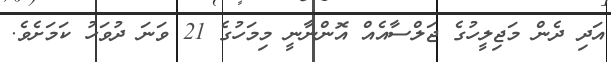
އަދި ދެން މަޖިލީހުގެ ޖަލްސާއެއް އޮންނާނީ މިމަހުގެ 21 ވަނަ ދުވަހު ކަމަށެވެ.